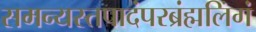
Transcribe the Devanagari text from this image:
समन्यस्तपादंपरब्रंह्मलिंगं